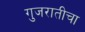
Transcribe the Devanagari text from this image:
गुजरातीचा